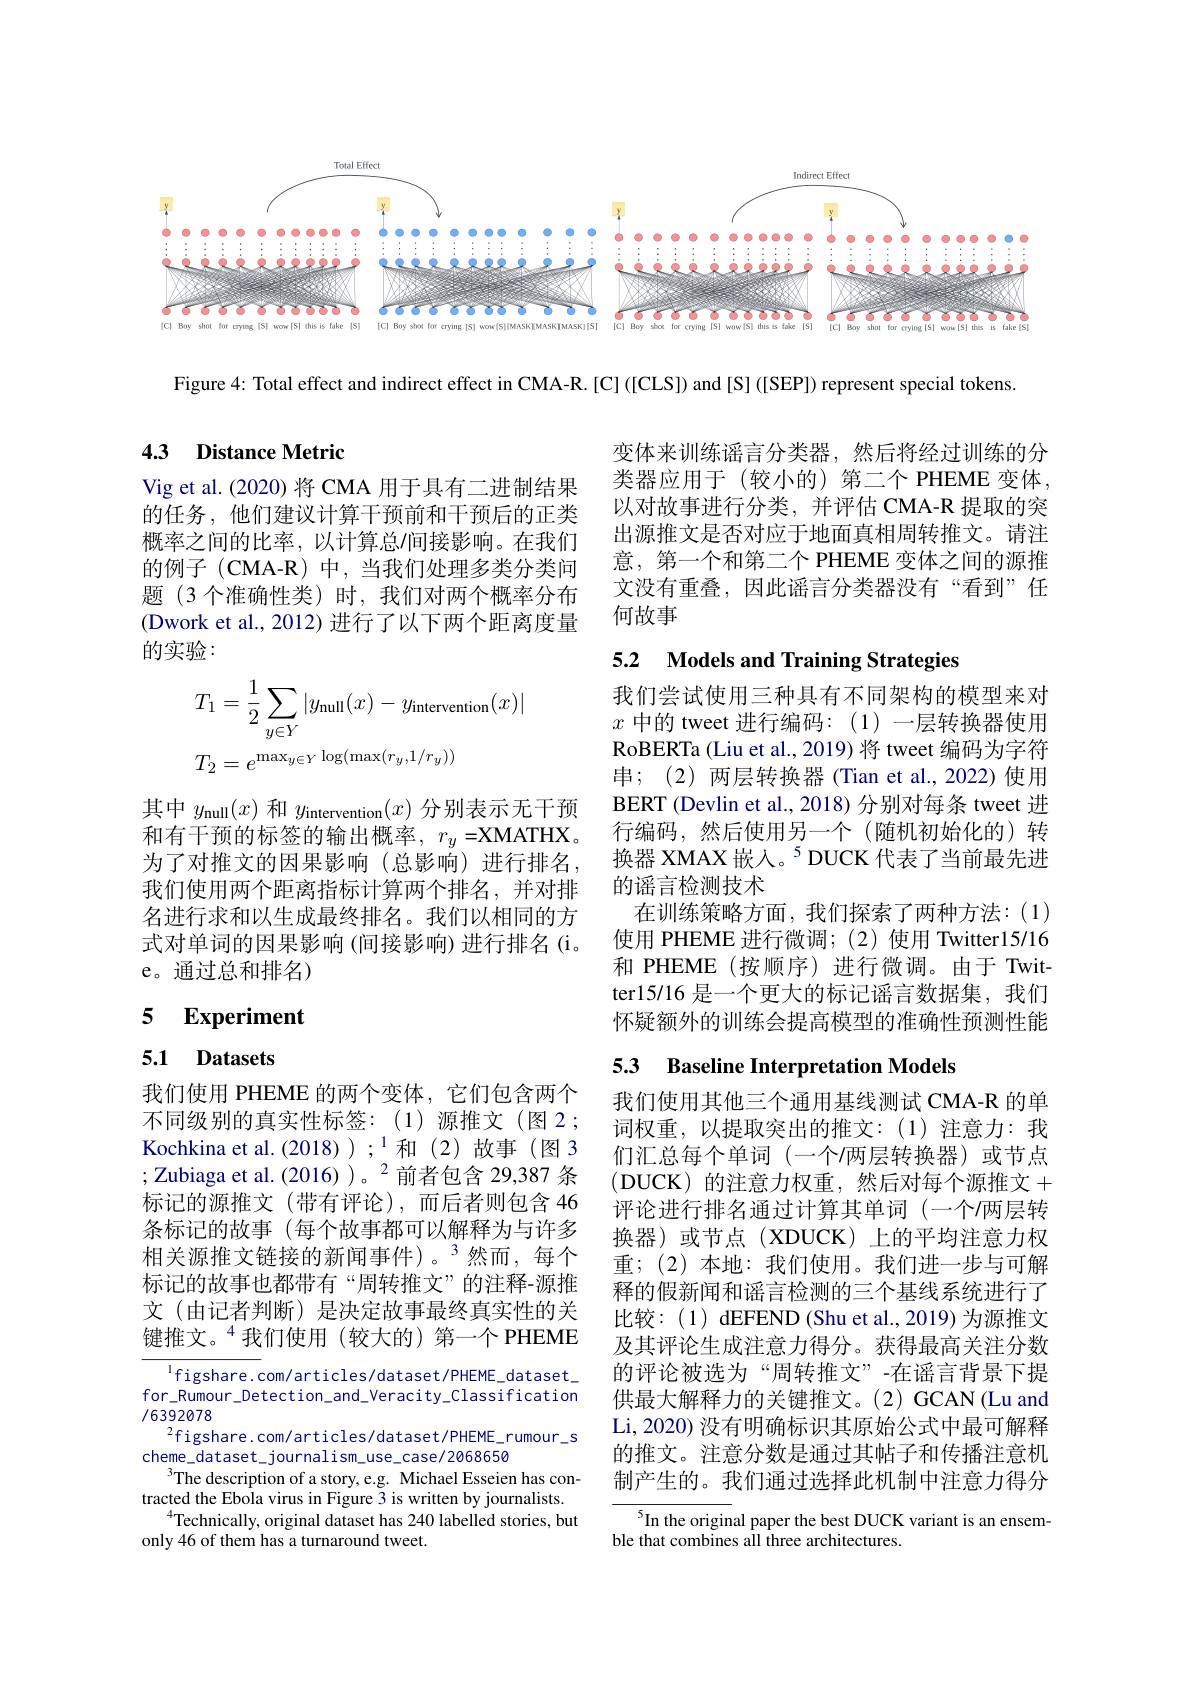
<FigureHere>

Figure 4: Total effect and indirect effect in CMA-R. [C] ([CLS]) and [S] ([SEP]) represent special tokens.

### 4.3 Distance Metric

Vig et al. (2020) 将 CMA 用于具有二进制结果的任务，他们建议计算干预前和干预后的正类概率之间的比率，以计算总$\prime$间接影响。在我们的例子(CMA-R)中，当我们处理多类分类问题(3 个准确性类)时，我们对两个概率分布(Dwork et al., 2012) 进行了以下两个距离度量的实验：
$$\begin{aligned}&T_{1}=\frac{1}{2}\sum_{y\in Y}|y_{\mathrm{null}}(x)-y_{\mathrm{intervention}}(x)|\\&T_{2}=e^{\max_{y\in Y}\log(\max(r_{y},1/r_{y}))}\end{aligned}$$
其中$y_{\mathrm{null}}(x)$和$y_{\mathrm{intervention}}(x)$分别表示无干预和有干预的标签的输出概率，$r_y=$XMATHX。为了对推文的因果影响(总影响)进行排名， 我们使用两个距离指标计算两个排名，并对排名进行求和以生成最终排名。我们以相同的方式对单词的因果影响(间接影响)进行排名(i。e。通过总和排名)

## 5 Experiment

## 5.1 Datasets

我们使用 PHEME 的两个变体，它们包含两个不同级别的真实性标签：(1)源推文(图2； Kochkina et al.(2018));$^{1}$和(2)故事(图 3 ; Zubiaga et al. (2016) )。$^{2}$前者包含 29,387 条标记的源推文(带有评论),而后者则包含 46条标记的故事(每个故事都可以解释为与许多$相关源推文链接的新闻事件)。^3然而，每个$ 标记的故事也都带有“周转推文”的注释-源推文 (由记者判断)是决定故事最终真实性的关键推文。$^{4}$我们使用(较大的)第一个 PHEME

$^{\mathrm{l}}$figshare.com/articles/dataset/PHEME\_dataset\_ for\_Rumour\_Detection\_and\_Veracity\_Classification /6392078
$^{2}$figshare.com/articles/dataset/PHEME\_rumour\_s
cheme\_dataset\_journalism\_use\_case/2068650
$^{3}$The description of a story, e.g. Michael Esseien has contracted the Ebola virus in Figure 3 is written by journalists.
$^{4}$Technically, original dataset has 240 labelled stories, but
only 46 of them has a turnaround tweet.

变体来训练谣言分类器，然后将经过训练的分类器应用于(较小的)第二个 PHEME 变体， 以对故事进行分类，并评估 CMA-R 提取的突出源推文是否对应于地面真相周转推文。请注意，第一个和第二个 PHEME 变体之间的源推文没有重叠，因此谣言分类器没有“看到”任何故事

## 5.2 Models and Training Strategies

我们尝试使用三种具有不同架构的模型来对$x$中的 tweet 进行编码：(1)一层转换器使用RoBERTa (Liu et al., 2019) 将 tweet 编码为字符串；(2)两层转换器(Tian et al.,2022)使用BERT (Devlin et al., 2018) 分别对每条 tweet 进行编码，然后使用另一个(随机初始化的)转换器 XMAX 嵌入。$^{5}$DUCK 代表了当前最先进的谣言检测技术
在训练策略方面，我们探索了两种方法：(1) 使用 PHEME 进行微调；(2)使用 Twitter15/16和 PHEME(按顺序)进行微调。由于 Twitter15/16 是一个更大的标记谣言数据集，我们怀疑额外的训练会提高模型的准确性预测性能

# 53 Baseline Interpretation Models

我们使用其他三个通用基线测试 CMA-R 的单词权重，以提取突出的推文：(1)注意力：我们汇总每个单词(一个/两层转换器)或节点(DUCK)的注意力权重，然后对每个源推文+ 评论进行排名通过计算其单词 (一个/两层转换器)或节点(XDUCK)上的平均注意力权重；(2)本地：我们使用。我们进一步与可解释的假新闻和谣言检测的三个基线系统进行了比较：(1) dEFEND (Shu et al.,2019) 为源推文及其评论生成注意力得分。获得最高关注分数的评论被选为“周转推文”-在谣言背景下提供最大解释力的关键推文。(2) GCAN (Lu and Li, 2020) 没有明确标识其原始公式中最可解释的推文。注意分数是通过其帖子和传播注意机制产生的。我们通过选择此机制中注意力得分

$^{5}$In the original paper the best DUCK variant is an ensem-
ble that combines all three architectures.